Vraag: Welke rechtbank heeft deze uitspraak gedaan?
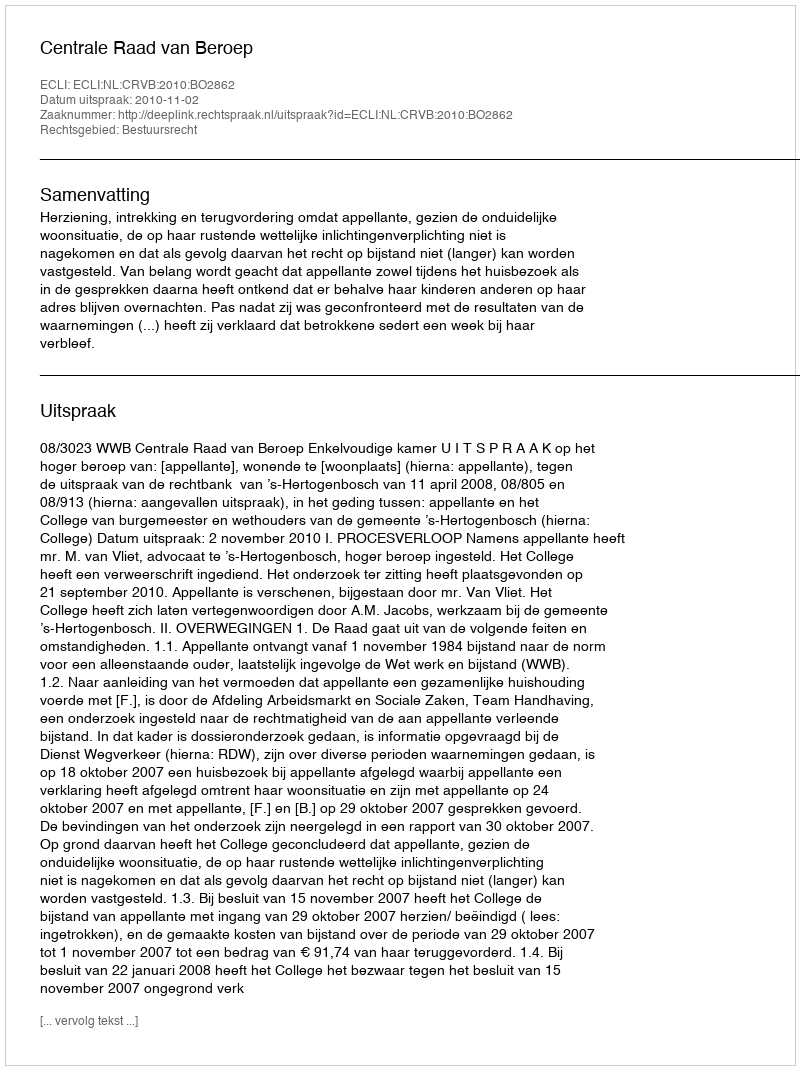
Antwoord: Centrale Raad van Beroep